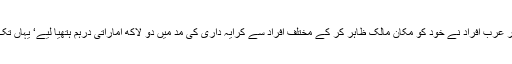
ایک کیس ایسا بھی سامنے آیا جس میں چار عرب افراد نے خود کو مکان مالک ظاہر کر کے مختلف افراد سے کرایہ داری کی مد میں دو لاکھ اماراتی درہم ہتھیا لیے‘ یہاں تک کہ انہیں جعلی کرایہ نامہ بھی بنا کر دِیا۔